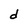
Character: d